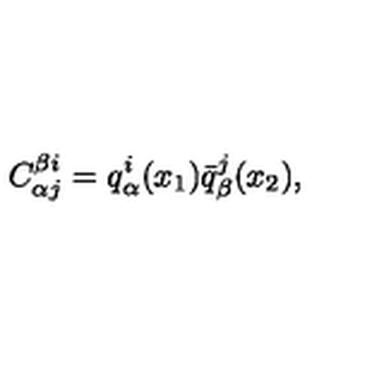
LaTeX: C _ { \alpha j } ^ { \beta i } = q _ { \alpha } ^ { i } ( x _ { 1 } ) \bar { q } _ { \beta } ^ { j } ( x _ { 2 } ) ,